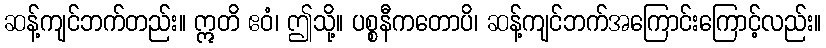
ဆန့်ကျင်ဘက်တည်း။ ဣတိ ဧဝံ၊ ဤသို့။ ပစ္စနီကတောပိ၊ ဆန့်ကျင်ဘက်အကြောင်းကြောင့်လည်း။